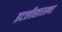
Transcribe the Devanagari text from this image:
इटलीसारख्या